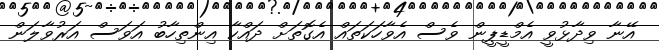
އޭނާ ވިދާޅުވީ އެމްޑީޕީން ވެސް އެވާހަކަތައް އެގޮތަށް ދައްކާ އިންތިހާބު އަވަސް އަރުވާލަން